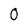
Character: 0